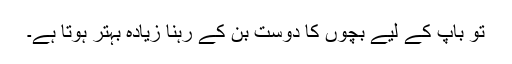
تو باپ کے لیے بچوں کا دوست بن کے رہنا زیادہ بہتر ہوتا ہے۔